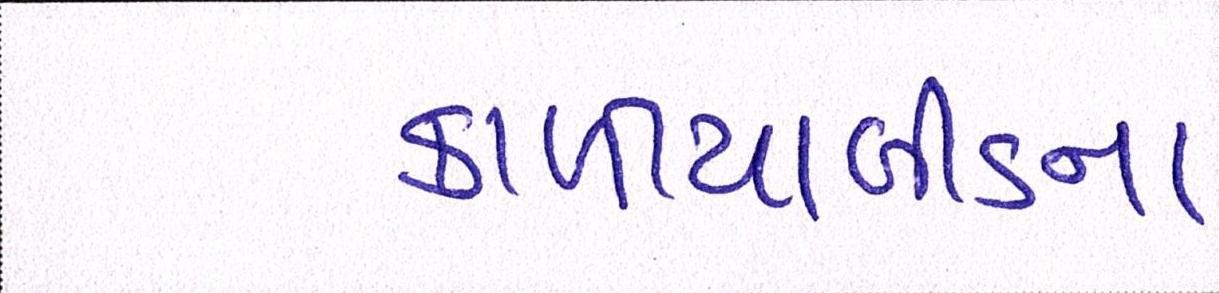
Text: કાળીયાબીડના